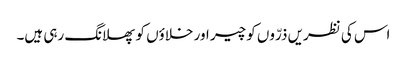
اس کی نظریں ذرّوں کو چیر اور خلاؤں کو پھلانگ رہی ہیں۔